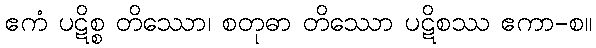
ဧကံ ပဋိစ္စ တိဿော၊ စတုဓာ တိဿော ပဋိစဿ ဧကာ-စ။